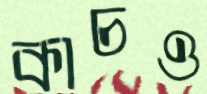
কাচও